Annual administration report of the Civil Veterinary Department of India - 1906-1907
Year: 1906
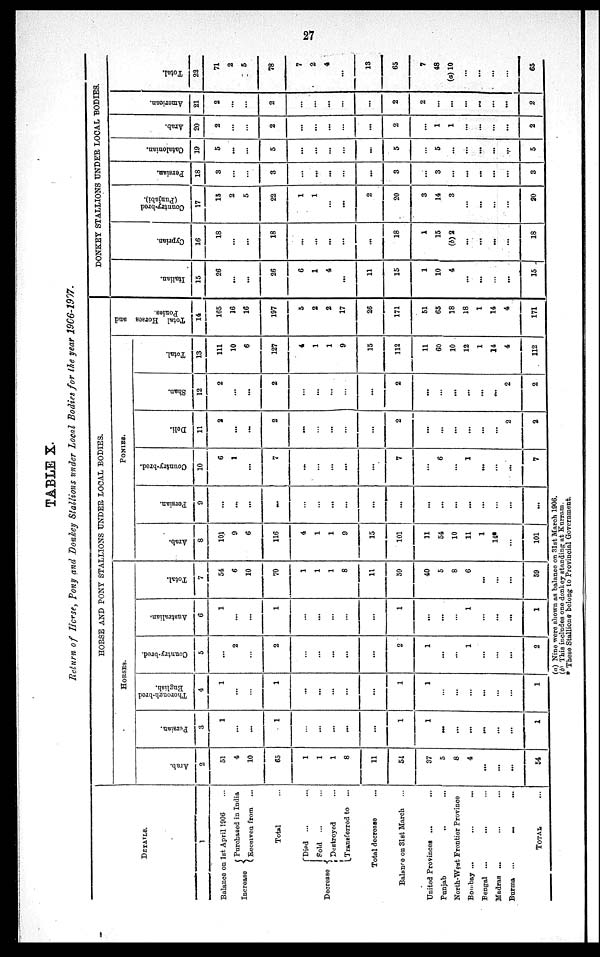
27
TABLE X.
Return of Horse, Pony and Donkey Stallions under Local Bodies for the year 1966-1907.
DETAILS.
1
Balance on 1st April 1906 ...
Increase{
Purchased in India
Received from ...
Total ...
Decrease{
Died ... ...
Sold
... ...
Destroyed ...
Transferred to ...
Total decrease ...
Balance on 31st March ...
United Provinces ... ...
Punjab
..
...
North-West Frontier Province
Bombay ... ... ...
Bengal ... ... ...
Madras ... ... ...
Burma ... ... ...
TOTAL ...
HORSE AND PONY STALLIONS UNDER LOCAL BODIES.
HORSES.
Arab.
2
51
4
10
65
1
1
1
8
11
54
37
5
8
4
...
...
...
54
Persian.
3
1
...
...
1
...
...
...
...
...
1
1
...
...
...
...
...
...
1
Thorough-bred
English.
4
1
...
...
1
...
...
...
...
...
1
1
...
...
...
...
...
...
1
Country-bred.
5
...
2
...
2
...
...
...
...
...
2
1
...
...
1
...
...
...
2
Australian,
6
1
...
...
1
...
...
...
...
...
1
...
...
...
1
...
...
...
1
Total.
7
54
6
10
70
1
1
1
8
11
59
40
5
8
6
...
...
...
59
PONIES.
Arab.
8
101
9
6
116
4
1
1
9
15
101
11
54
10
11
1
14*
...
101
Persian.
9
...
...
...
...
...
...
...
...
...
...
...
...
...
...
...
...
...
...
Country-bred.
10
6
1
...
7
...
...
...
...
...
7
...
6
...
1
...
...
...
7
Deli.
11
2
...
...
2
...
...
...
...
...
2
...
...
...
...
...
...
2
2
Shan.
12
2
...
...
2
...
...
...
...
...
2
...
...
...
...
...
...
2
2
Total.
13
111
10
6
127
4
1
1
9
15
112
11
60
10
12
1
14
4
112
Total Horses and
Ponies.
14
165
16
16
197
5
2
2
17
26
171
51
65
18
18
1
14
4
171
DONKEY STALLIONS UNDER LOCAL BODIES.
I t al i an.
15
26
...
...
26
6
1
4
...
11
15
1
10
4
...
...
...
...
15
Cypr i
an.
16
18
...
...
18
...
...
...
...
...
18
1
15
(b) 2
...
...
...
...
18
Count r
y- br e d
(Punjabi).
17
15
2
5
22
1
1
...
...
2
20
3
14
3
...
...
...
...
20
Per si an.
18
3
...
...
3
...
...
...
...
...
3
...
3
...
...
...
...
...
3
Cat al oni an.
19
5
...
...
5
...
...
...
...
...
5
...
5
...
...
...
...
...
5
Ar ab.
20
2
...
...
2
...
...
...
...
...
2
...
1
1
...
...
...
...
2
Ame r
i
c a n.
21
2
...
...
2
...
...
...
...
...
2
2
...
...
...
...
...
...
2
Tot al .
22
71
2
5
78
7
2
4
...
13
65
7
48
(a) 10
...
...
...
...
65
(a) Nine were shown as balance on 31st March 1906.
(b) This includes one donkey standing at Kurram.
* These Stallions belong to Provincial Government.